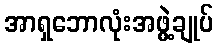
အာရှဘောလုံးအဖွဲ့ချုပ်